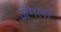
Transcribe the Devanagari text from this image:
जँगलों